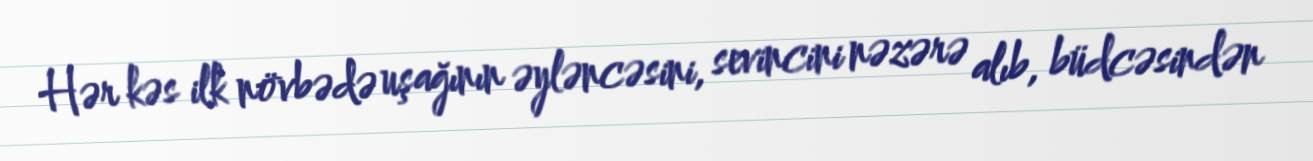
Hər kəs ilk növbədə uşağının əyləncəsini, sevincini nəzərə alıb, büdcəsindən